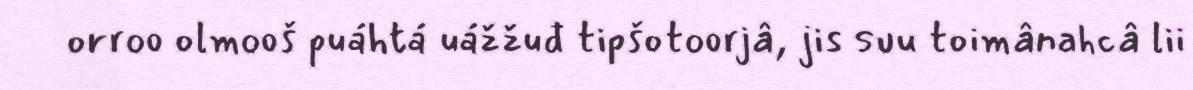
orroo olmooš puáhtá uážžuđ tipšotoorjâ, jis suu toimânahcâ lii